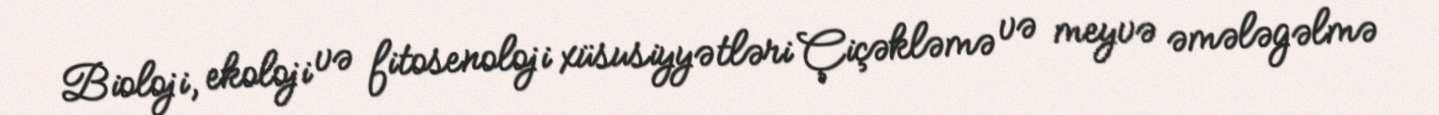
Bioloji, ekoloji və fitosenoloji xüsusiyyətləri Çiçəkləmə və meyvə əmələgəlmə